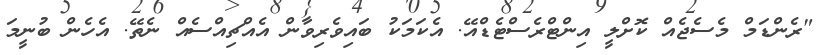
"ރެންޑަމް މެސެޖެއް ކޮށްލީ އިންޓްރެސްޓެޑްއޭ. އެކަމަކު ބައިވެރިވާން އެއްޗިއްސެއް ނެތޭ. އެހެން ބުނީމަ